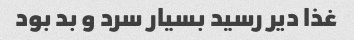
غذا دیر رسید بسیار سرد و بد بود